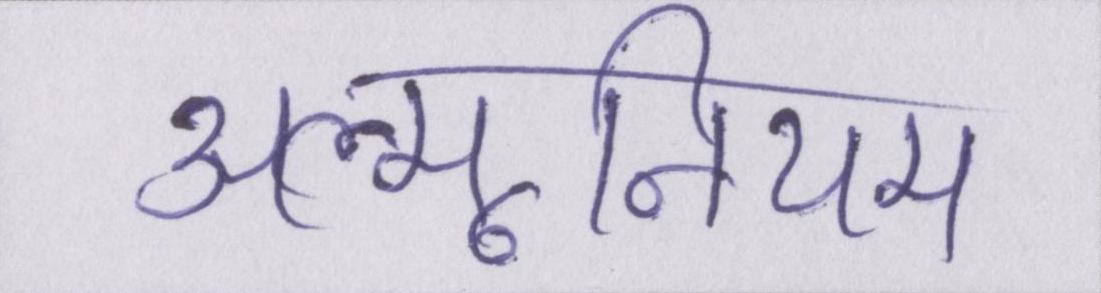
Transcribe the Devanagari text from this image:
अल्मूनियम